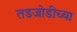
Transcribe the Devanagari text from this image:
तडजोडीच्या